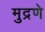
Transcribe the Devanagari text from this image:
मुद्रणे